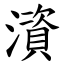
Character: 澬